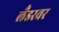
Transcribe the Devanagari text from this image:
लँडरवर